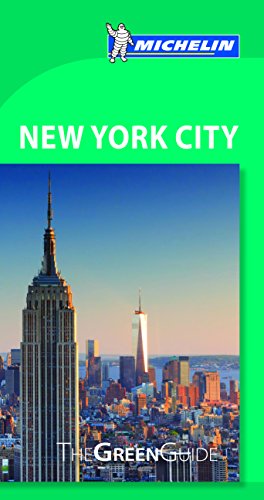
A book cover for Michelin Green Guide New York City (Green Guide/Michelin); Michelin Travel & Lifestyle; Travel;